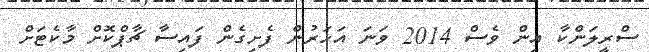
ސްރީލަންކާ އިން ވެސް 2014 ވަނަ އަހަރުން ފެށިގެން ފައިސާ ޗާޕްކޮށް މާކެޓަށް